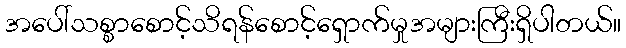
အပေါ်သစ္စာစောင့်သိရန်စောင့်ရှောက်မှုအများကြီးရှိပါတယ်။